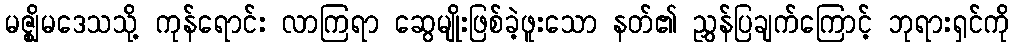
မဇ္ဈိမဒေသသို့ ကုန်ရောင်း လာကြရာ ဆွေမျိုးဖြစ်ခဲ့ဖူးသော နတ်၏ ညွှန်ပြချက်ကြောင့် ဘုရားရှင်ကို